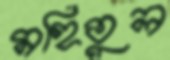
মহিতুল